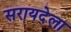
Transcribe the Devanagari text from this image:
सरायदेला